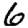
Digit: 6